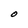
Character: O